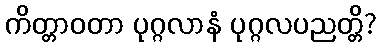
ကိတ္တာဝတာ ပုဂ္ဂလာနံ ပုဂ္ဂလပညတ္တိ?